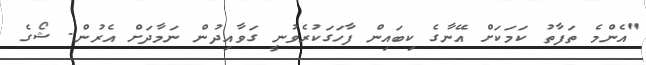
"އެންމެ ތަފާތު ކަމަކަށް އޭނާގެ ކިބައިން ފާހަގަކުރެވުނީ ގަވާއިދުން ނަމާދަށް އެރުން. ޝޯގެ